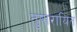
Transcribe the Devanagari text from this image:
तुषारायित